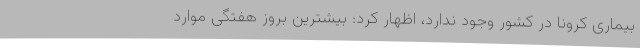
بیماری کرونا در کشور وجود ندارد، اظهار کرد: بیشترین بروز هفتگی موارد